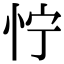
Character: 㤖